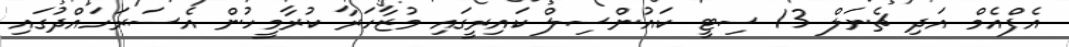
އެފްއެމް އަދި ޗެނަލް 13 ސިޓީ ކައުންސިލް ކައިރީގައި މުޒާހަރާ ކުރާމީހުން އެސަރަހައްދުގައި